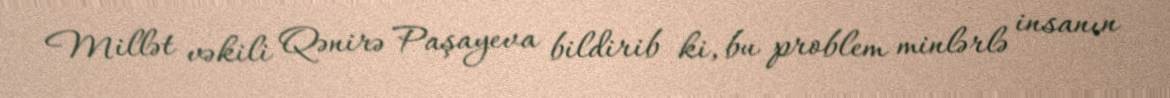
Millət vəkili Qənirə Paşayeva bildirib ki, bu problem minlərlə insanın